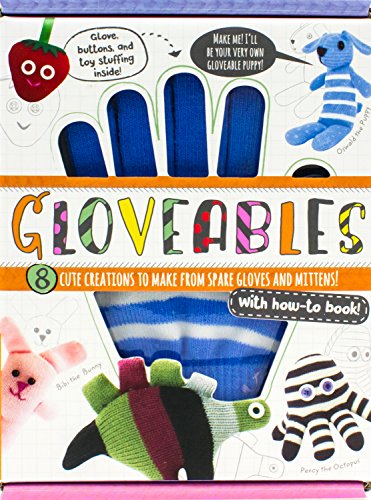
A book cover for Gloveables (Glovetastic Box); Parragon Books; Crafts, Hobbies & Home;